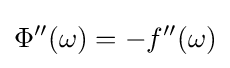
\Phi ''(\omega )=-f''(\omega )